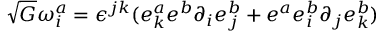
\sqrt { G } \omega _ { i } ^ { a } = \epsilon ^ { j k } ( e _ { k } ^ { a } e ^ { b } \partial _ { i } e _ { j } ^ { b } + e ^ { a } e _ { i } ^ { b } \partial _ { j } e _ { k } ^ { b } )